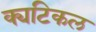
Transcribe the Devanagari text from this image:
क्यटिकल